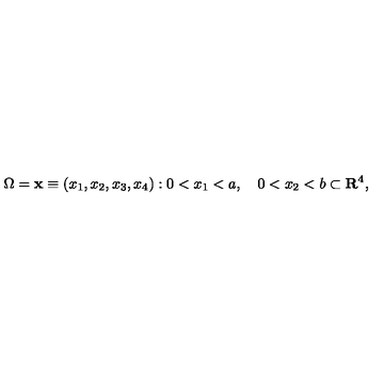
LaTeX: \Omega = { { \bf x } \equiv ( x _ { 1 } , x _ { 2 } , x _ { 3 } , x _ { 4 } ) : 0 < x _ { 1 } < a , \quad 0 < x _ { 2 } < b } \subset { \bf R } ^ { 4 } ,